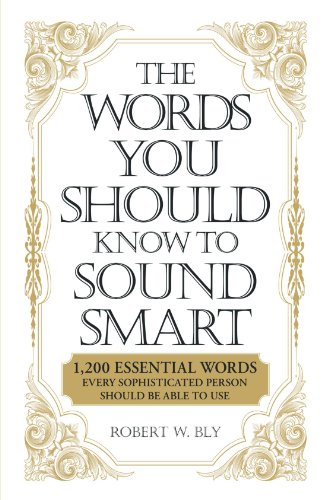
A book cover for The Words You Should Know to Sound Smart: 1200 Essential Words Every Sophisticated Person Should Be Able to Use; Robert W. Bly; Reference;